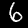
Label: 6